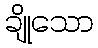
ချိုသော